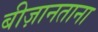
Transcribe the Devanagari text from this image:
बीज़ानताना